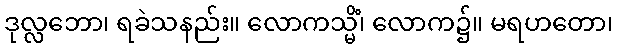
ဒုလ္လဘော၊ ရခဲသနည်း။ လောကသ္မိံ၊ လောက၌။ မရဟတော၊